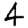
Digit: 4